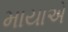
માયાએ